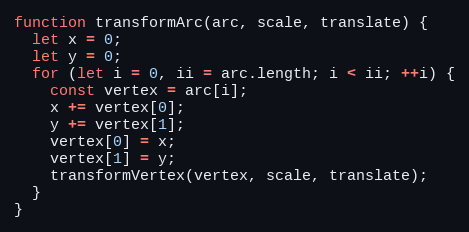
Language: JavaScript
function transformArc(arc, scale, translate) {
  let x = 0;
  let y = 0;
  for (let i = 0, ii = arc.length; i < ii; ++i) {
    const vertex = arc[i];
    x += vertex[0];
    y += vertex[1];
    vertex[0] = x;
    vertex[1] = y;
    transformVertex(vertex, scale, translate);
  }
}